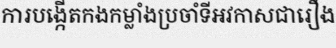
ការបង្កើតកងកម្លាំងប្រចាំទីអវកាសជារឿង